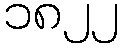
၁၈၂၂